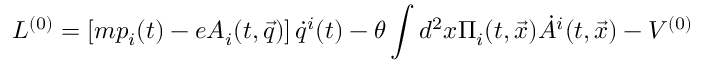
{ L } ^ { ( 0 ) } = \left[ m p _ { i } ( t ) - e A _ { i } ( t , \vec { q } ) \right] \dot { q } ^ { i } ( t ) - \theta \int d ^ { 2 } x \Pi _ { i } ( t , \vec { x } ) \dot { A } ^ { i } ( t , \vec { x } ) - V ^ { ( 0 ) }